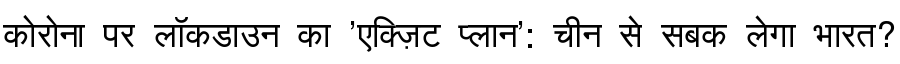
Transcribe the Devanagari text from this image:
कोरोना पर लॉकडाउन का 'एक्ज़िट प्लान': चीन से सबक लेगा भारत?